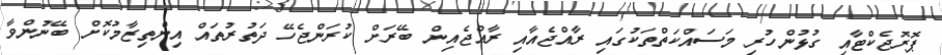
ޕޮރޮޖެކްޓާއި ގުޅުންހުރި މަސައްކަތްތަކުގައި ރާއްޖެއާއި ރާއްޖެއިން ބޭރަށް ކުރަންޖެހޭ ދަތުރުތައް އިންތިޒާމުކޮށް ބޭނުންވާ